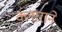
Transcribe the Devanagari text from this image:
क्लाराने